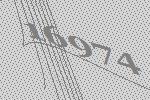
16974